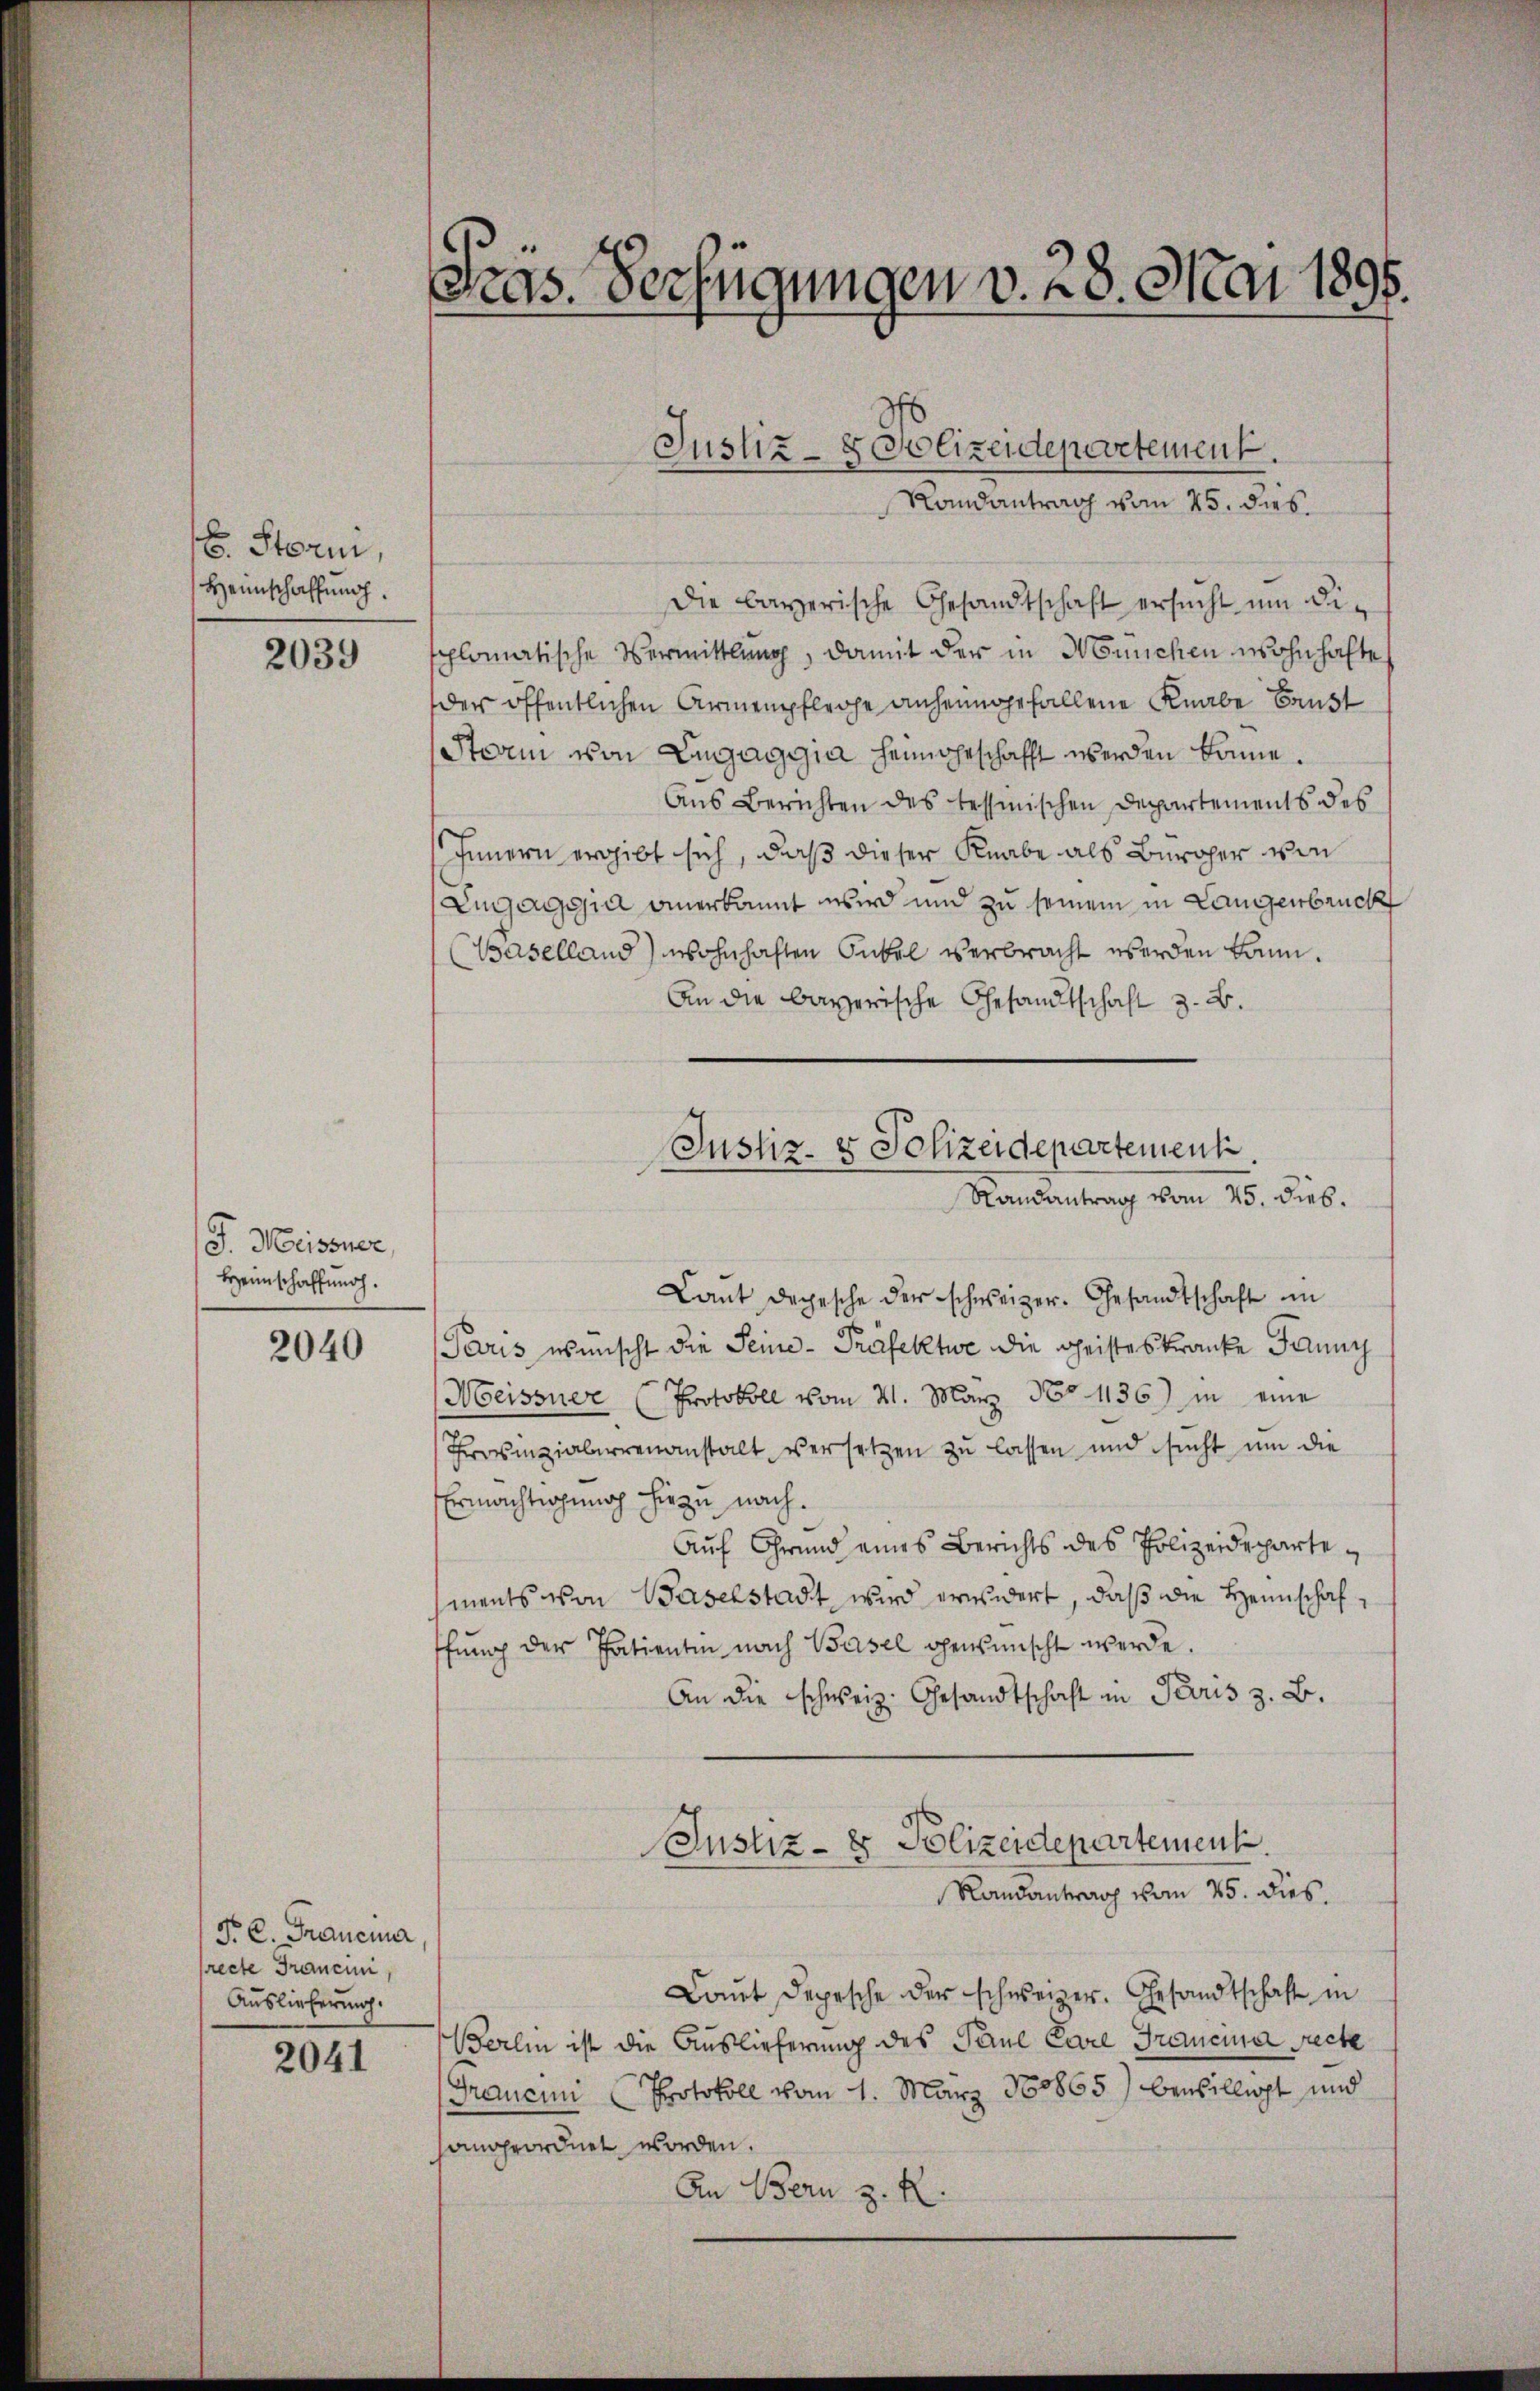
. Storni,
Heimschaffung.

2039

J. Meissner,
Heimschaffung.

2040

F. C. Francina
recte Francin
Auslieferung.

2041

Die bayerische Gesandtschaft ersucht um Dipplomatische Vermittlung, damit der in München wohnhafte
der öffentlichen Armenpfleche anheimgefallene Knabe Brust
Stein von Engaggia heimahrschafft werden könne.
Aus Berichten des tessinischen Departements des
Innern ergibt sich, daß dieser Knabe als Bürcher von
Eugaggia anerkannt wird und zu seinem in Langenbruck
(Baselland) wohnhaften Onkel verbracht werden kann.
An die bayerische Gesandtschaft z. B.

Pras. Verfügungen v. 28. Mai 1896.

Laut Depesche der schweizer. Gesandtschaft in
Paris wünscht die Seine-Präfektwe die Geisteskranke Jauny
Meissner (Protokoll vom 21. März No 1136) in eine
Provinzialerrenanstalt versetzen zu lassen und sucht um die
Ermächtigung hiezu nach.
Auf Grund eines Berichts des Polizeidepartements von Baselstadt, wird erwidert, daß die Heimschafffung der Patienten nach Basel gewünscht werde.
An die schweiz. Gesandtschaft in Paris z. B.
Justiz- & Polizeidepartement.
Randantrag vom 25. dies
Laŭt Depesche der schweizer. Gesandtschaft in
Berlin ist die Auslieferung des Paul Pare Francia recte
Grancini Protokoll vom 1. März 180865) bewilligt und
hangeordnet worden.
An Bern z. R.

Justiz- & Polizeidepartement
Randantrag vom 25. dies.

Justiz- & Polizeidepartement.
Randantrag vom 25. dieb.